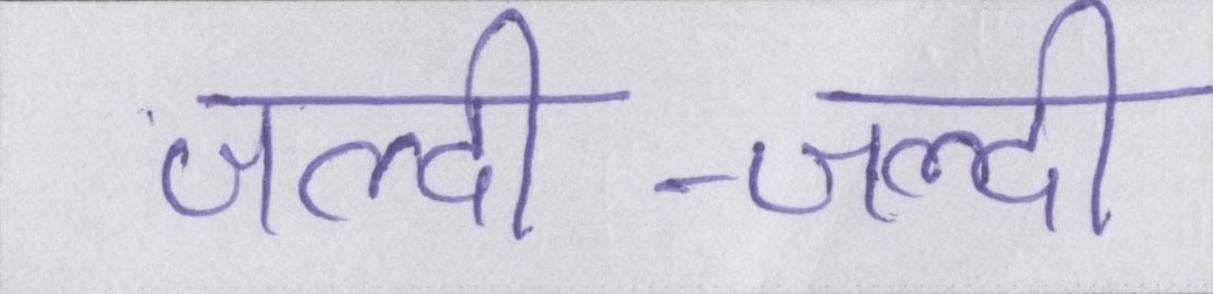
जल्दी-जल्दी